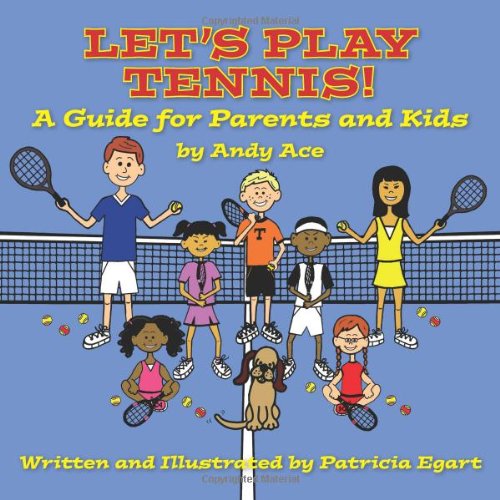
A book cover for Let's Play Tennis! A Guide for Parents and Kids by Andy Ace; Patricia Egart; Children's Books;